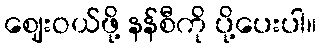
ဈေးဝယ်ဖို့ နန်စီကို ပို့ပေးပါ။